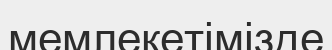
мемлекетімізде